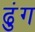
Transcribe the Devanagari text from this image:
ढुंग